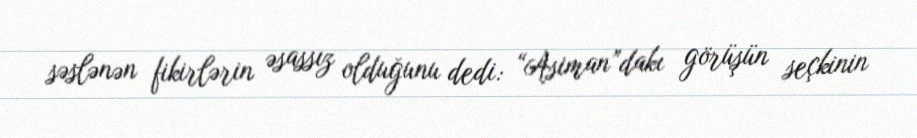
səslənən fikirlərin əsassız olduğunu dedi: “Asiman”dakı görüşün seçkinin